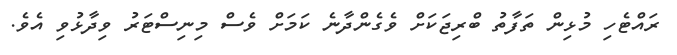
ރައްޓެހި މުޅިން ތަފާތު ބްރިޖަކަށް ވެގެންދާނެ ކަމަށް ވެސް މިނިސްޓަރު ވިދާޅުވި އެވެ.